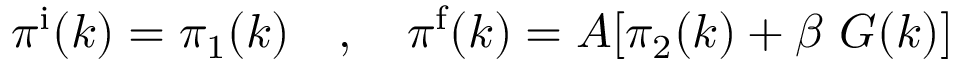
\pi ^ { \mathrm { i } } ( k ) = \pi _ { 1 } ( k ) \quad , \quad \pi ^ { \mathrm { f } } ( k ) = A [ \pi _ { 2 } ( k ) + \beta \ G ( k ) ]